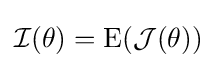
{\mathcal {I}}(\theta )=\mathrm {E} ({\mathcal {J}}(\theta ))